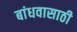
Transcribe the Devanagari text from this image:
बांधवासाठी